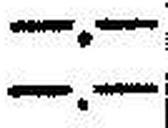
—.—